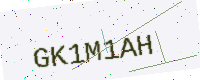
Text: GK1M1AH